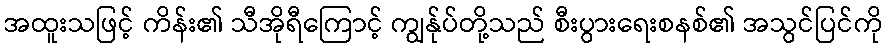
အထူးသဖြင့် ကိန်း၏ သီအိုရီကြောင့် ကျွန်ုပ်တို့သည် စီးပွားရေးစနစ်၏ အသွင်ပြင်ကို